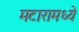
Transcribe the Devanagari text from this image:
मटारामध्ये